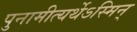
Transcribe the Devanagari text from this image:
पुनामीत्यर्थेऽस्मिन्